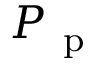
P _ { \mathrm { ~ p ~ } }